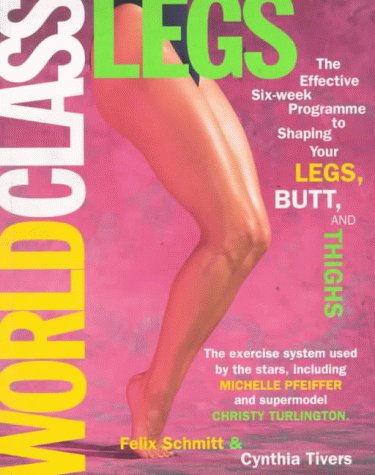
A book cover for World Class Legs: The Effective Six-week Programme for Shaping Your Legs, Butt and Thighs; Felix Schmitt; Health, Fitness & Dieting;